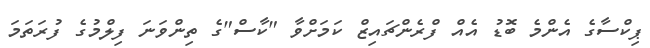
ޕިކްސާގެ އެންމެ ބޮޑު އެއް ފްރެންޗައިޒް ކަމަށްވާ "ކާސް"ގެ ތިންވަނަ ފިލްމުގެ ފުރަތަމަ